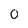
Character: 0